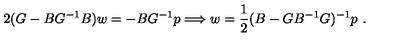
2 ( G - B G ^ { - 1 } B ) w = - B G ^ { - 1 } p \Longrightarrow w = \frac { 1 } { 2 } ( B - G B ^ { - 1 } G ) ^ { - 1 } p \ .